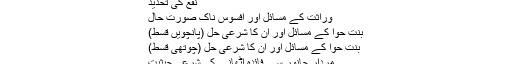
نفع کی تحدید
وراثت کے مسائل اور افسوس ناک صورت حال
بنت حوا کے مسائل اور ان کا شرعی حل (پانچویں قسط)
بنت حوا کے مسائل اور ان کا شرعی حل (چوتھی قسط)
مردار جانور سے فائدہ اٹھانے کی شرعی حیثیت